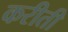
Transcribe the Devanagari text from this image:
करीती